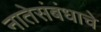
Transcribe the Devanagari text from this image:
नातेसंबंधाचे